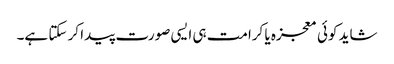
شاید کوئی معجزہ یا کرامت ہی ایسی صورت پیدا کر سکتا ہے۔